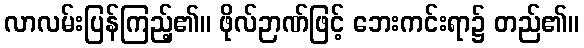
လာလမ်းပြန်ကြည့်၏။ ဖိုလ်ဉာဏ်ဖြင့် ဘေးကင်းရာ၌ တည်၏။